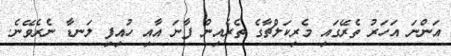
އަންނަ އަހަރު ތެރޭގައި މެރިކަލްޗާގެ ތެރެއިން ފާނަ އާއި ހުއިފި ލަނޑާ ނެރެވޭނެ.